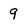
Character: 9